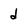
Character: d